Source: Handwritten
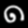
Digit: ၈ (8)